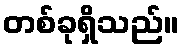
တစ်ခုရှိသည်။